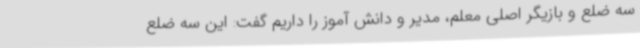
سه ضلع و بازیگر اصلی معلم، مدیر و دانش آموز را داریم گفت: این سه ضلع